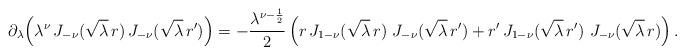
LaTeX: \begin{align*} \partial_\lambda \Big( \lambda^{\nu}\, J_{-\nu}(\sqrt{\lambda}\, r) \, J_{-\nu}(\sqrt{\lambda}\, r') \Big ) = -\frac{\lambda^{\nu-\frac 12}}{2} \left( r\, J_{1-\nu}(\sqrt{\lambda}\, r) \ J_{-\nu}(\sqrt{\lambda}\, r') + r'\, J_{1-\nu}(\sqrt{\lambda}\, r') \ J_{-\nu}(\sqrt{\lambda}\, r) \right).\end{align*}